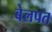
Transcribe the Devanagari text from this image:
बेलपत